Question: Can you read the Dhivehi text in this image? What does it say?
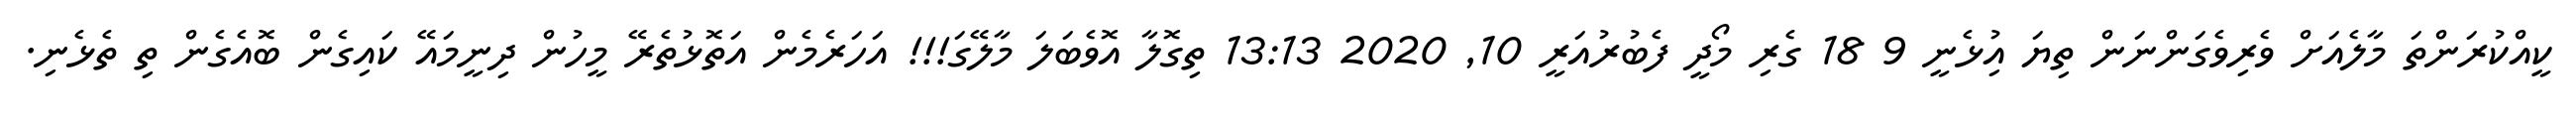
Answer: ކީއްކުރަންތަ މާލެއަށް ވެރިވެގަންނަން ތިޔަ އިުޅެނީ 9 18 ގެރި މޯދީ ފެބުރުއަރީ 10, 2020 13:13 ތިގޮލާ އޮވެބަލަ މާލޭގަ!!! އަހަރެމެން އަތޮޅުތެރޭ މީހުން ދިނީމައޭ ކައިގެން ބޮއެގެން ތި ތެޅެނި.